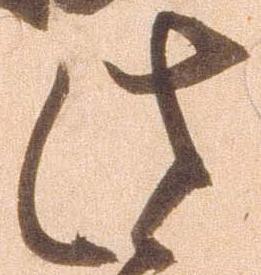
此